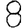
Digit: 8